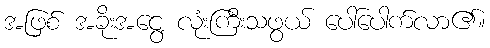
အဖြစ် အခိုးအငွေ့ လုံးကြီးသဖွယ် ပေါ်ပေါက်လာ၏။